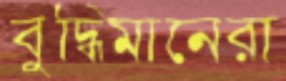
বুদ্ধিমানেরা